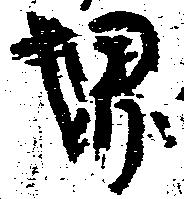
堺